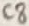
Text: C8